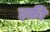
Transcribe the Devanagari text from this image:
इफ्री